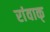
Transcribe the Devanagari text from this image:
रांवाक्